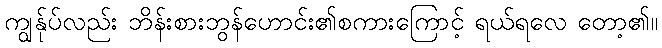
ကျွန်ုပ်လည်း ဘိန်းစားဘွန်ဟောင်း၏စကားကြောင့် ရယ်ရလေ တော့၏။